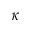
\kappa